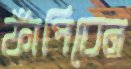
ফাঁপিবেন